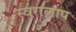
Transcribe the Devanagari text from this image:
स्वरालाप